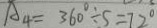
A _ { 4 } = 3 6 0 ^ { \circ } \div 5 = 7 2 ^ { \circ }